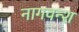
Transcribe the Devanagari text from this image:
नागवन्श